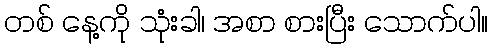
တစ် နေ့ကို သုံးခါ၊ အစာ စားပြီး သောက်ပါ။